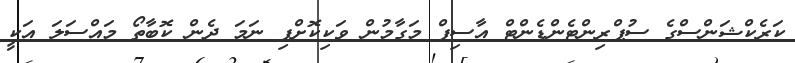
ކަރެކްޝަންސްގެ ސުޕްރިންޓެންޑެންޓް އާސިފް މަގާމުން ވަކިކޮށްފި ނަމަ ދެން ކޮބާތޯ މައްސަލަ އަކީ